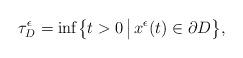
LaTeX: \begin{align*}\tau_D^{\epsilon} = \inf \bigl\{ t > 0 \, \bigl\vert \, x^{\epsilon}(t) \in \partial D \bigr\}, \end{align*}